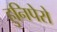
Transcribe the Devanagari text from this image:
हुनिपेरो